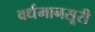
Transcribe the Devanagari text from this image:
वर्धमानसूरी